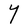
Character: Y